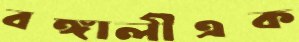
বঙ্গালীএক